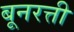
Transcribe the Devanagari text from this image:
बूनरत्ती